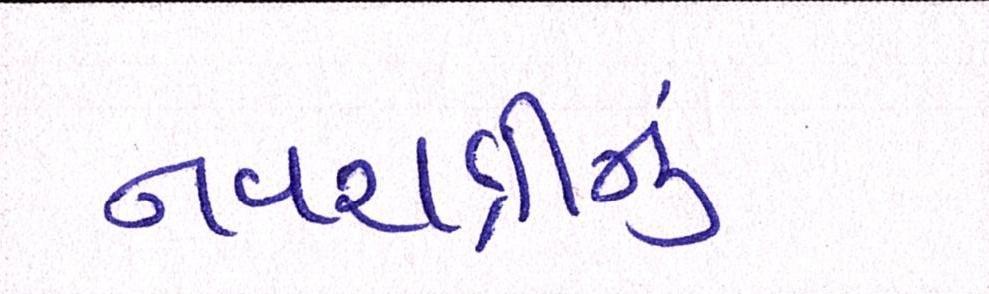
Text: નવરાત્રીનું